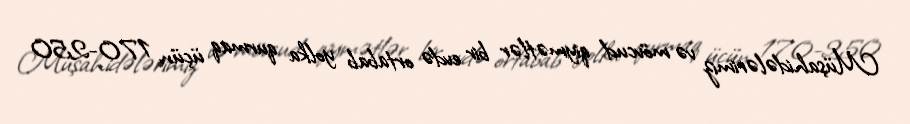
Müşahidələrimiz və mövcud qiymətlər bir evdə ortabab yolka qurmaq üçün 170-250